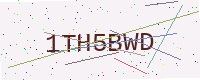
Text: 1TH5BWD